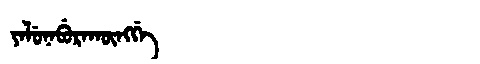
Manchu: ᠶᠠᠯᡠᠨᠠᠪᡠᡵᠠᡴᡡᠩᡤᡝ
Romanization: YALUNABURAKŪNGGE